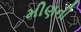
મીણની